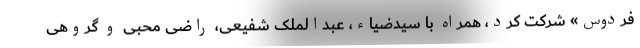
فردوس» شرکت کرد، همراه با سیدضیاء، عبدالملک شفیعی، راضی محبی و گروهی